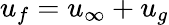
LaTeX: u_{f}=u_{\infty}+u_{g}